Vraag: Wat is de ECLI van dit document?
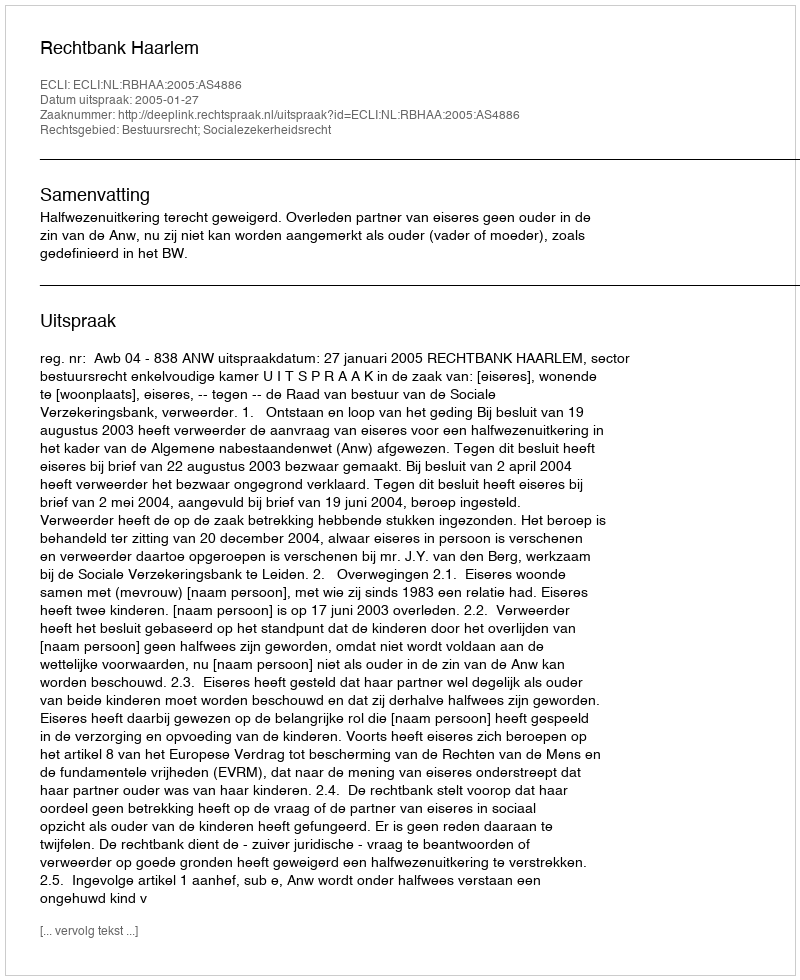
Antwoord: ECLI:NL:RBHAA:2005:AS4886